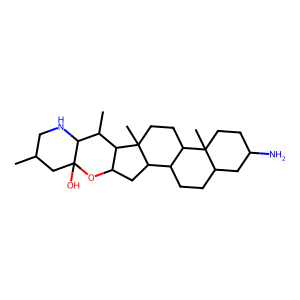
SMILES: CC1CNC2C(C)C3C(CC4C5CCC6CC(N)CCC6(C)C5CCC43C)OC2(O)C1
Inhibits HIV replication: No